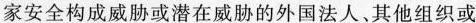
家安全构成威胁或潜在威胁的外国法人、其他组织或